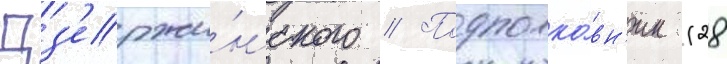
Дз'ержи́нского // Подполко́вн'ик (28